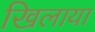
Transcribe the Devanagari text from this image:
खिलाया